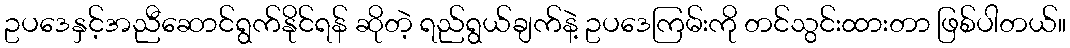
ဥပဒေနှင့်အညီဆောင်ရွက်နိုင်ရန် ဆိုတဲ့ ရည်ရွယ်ချက်နဲ့ ဥပဒေကြမ်းကို တင်သွင်းထားတာ ဖြစ်ပါတယ်။